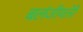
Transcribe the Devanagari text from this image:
बलंजीयतेरे